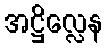
အဋ္ဌိလ္လေန